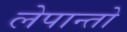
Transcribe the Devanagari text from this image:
लेपान्तो